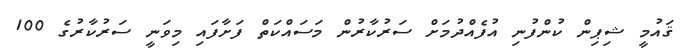
ޤައުމީ ޝިޕިން ކުންފުނި އުފެއްދުމަށް ސަރުކާރުން މަސައްކަތް ފަށާފައި މިވަނީ ސަރުކާރުގެ 100